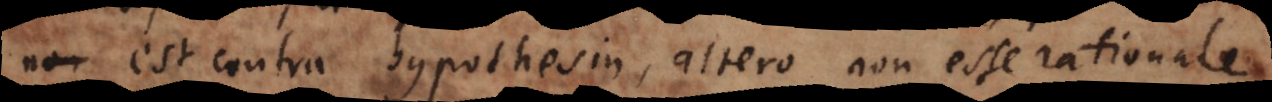
est contra hypothesin, altero non esse rationale,